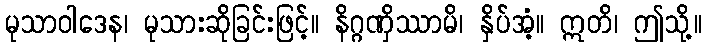
မုသာဝါဒေန၊ မုသားဆိုခြင်းဖြင့်။ နိဂ္ဂဏှိဿာမိ၊ နှိပ်အံ့။ ဣတိ၊ ဤသို့။